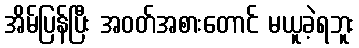
အိမ်ပြန်ပြီး အဝတ်အစားတောင် မယူခဲ့ရဘူး